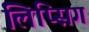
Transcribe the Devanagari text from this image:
लिप्सिग